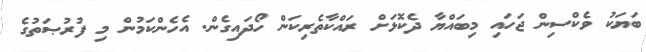
ބަޔަކު ވެކްސިން ޖަހައި މިބައްޔާ ދެކޮޅަށް ރައްކާތެރިކަން ހޯދައިގެން. އެހެންކަމުން މި ފުރުޞަތުގެ